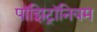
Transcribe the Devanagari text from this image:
पॉझिट्रॉनियम